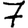
Digit: 7